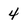
Character: 4